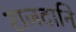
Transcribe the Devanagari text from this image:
राजदानि